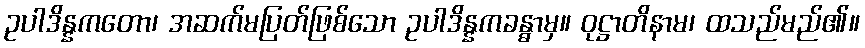
ဥပါဒိန္နကတော၊ အဆက်မပြတ်ဖြစ်သော ဥပါဒိန္နကခန္ဓာမှ။ ဝုဋ္ဌာတိနာမ၊ ထသည်မည်၏။